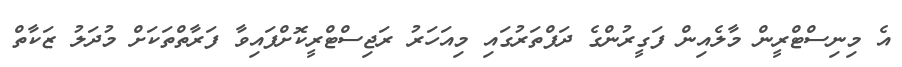
އެ މިނިސްޓްރީން މާލެއިން ފަގީރުންގެ ދަފްތަރުގައި މިއަހަރު ރަޖިސްޓްރީކޮށްފައިވާ ފަރާތްތަކަށް މުދަލު ޒަކާތް